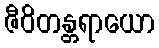
ဇီဝိတန္တရာယော